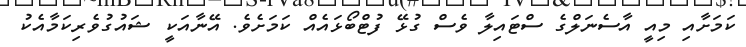
ކަމަށާއި މިއީ އާސެނަލްގެ ސްޓައިލާ ވެސް ގުޅޭ ފުޓްބޯޅައެއް ކަމަށެވެ. އޭނާއަކީ ޝައުގުވެރިކަމާއެކު